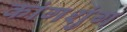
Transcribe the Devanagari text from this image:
कांगशुंग